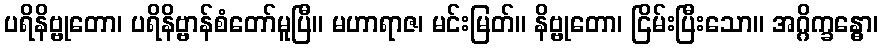
ပရိနိဗ္ဗုတော၊ ပရိနိဗ္ဗာန်စံတော်မူပြီ။ မဟာရာဇ၊ မင်းမြတ်။ နိဗ္ဗုတော၊ ငြိမ်းပြီးသော။ အဂ္ဂိက္ခန္ဓော၊